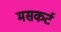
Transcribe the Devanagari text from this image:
मसकर्ट